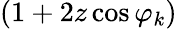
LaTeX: (1+2z\cos\varphi_{k})